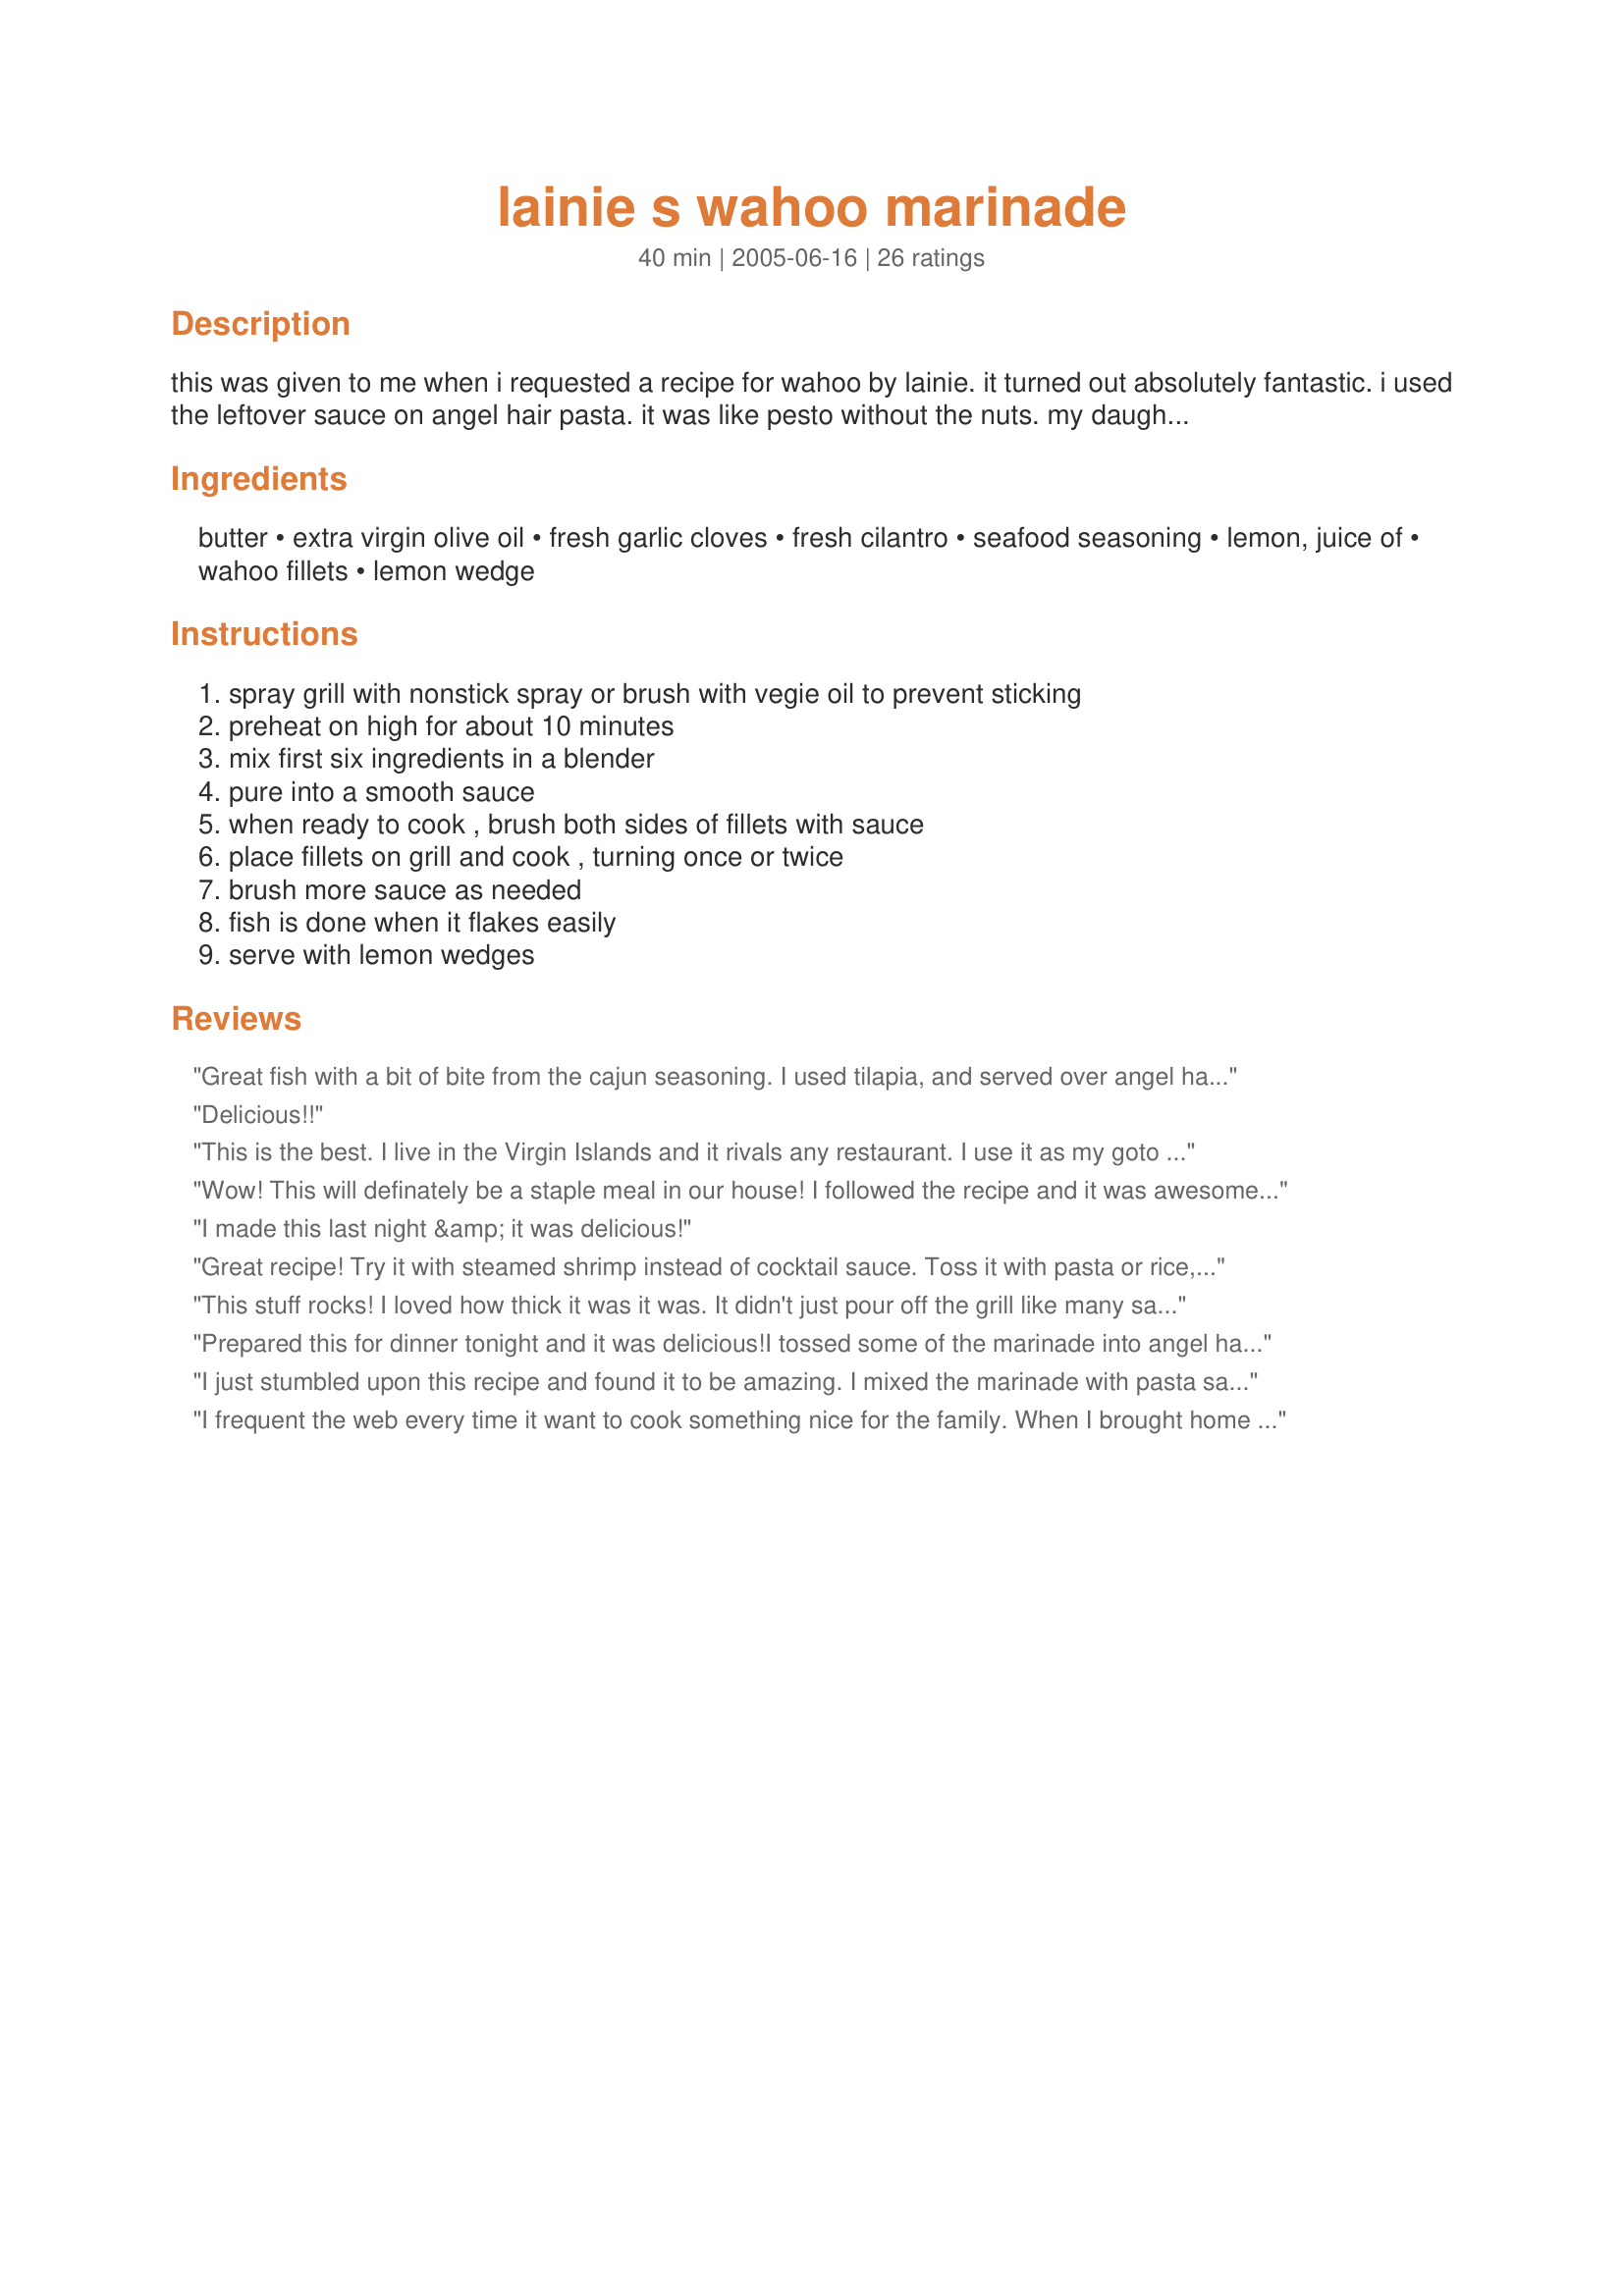
lainie s wahoo marinade
Preparation time: 40 minutes

this was given to me when i requested a recipe for wahoo by lainie.
it turned out absolutely fantastic. i used the leftover sauce on angel hair pasta. it was like pesto without the nuts. my daughter called it the best pasta in the world!

Ingredients:
butter, extra virgin olive oil, fresh garlic cloves, fresh cilantro, seafood seasoning, lemon, juice of, wahoo fillets, lemon wedge

Steps:
spray grill with nonstick spray or brush with vegie oil to prevent sticking, preheat on high for about 10 minutes, mix first six ingredients in a blender, pure into a smooth sauce, when ready to cook , brush both sides of fillets with sauce, place fillets on grill and cook , turning once or twice, brush more sauce as needed, fish is done when it flakes easily, serve with lemon wedges

Reviews:
Great fish with a bit of bite from the cajun seasoning. I used tilapia, and served over angel hair pasta. Delightful.
Delicious!!
This is the best. I live in the Virgin Islands and it rivals any restaurant. I use it as my goto marinade for our grilled seafood now.
Wow! This will definately be a staple meal in our house! I followed the recipe and it was awesome! I tasted the marinade and was afraid it would be too salty, but it was perfection! Thanks!
I made this last night &amp; it was delicious!
Great recipe! Try it with steamed shrimp instead of cocktail sauce. Toss it with pasta or rice, add chicken, shrimp or any white fish and serve with a crisp salad for an elegant meal.
This stuff rocks! I loved how thick it was it was. It didn't just pour off the grill like many sauces and marinades do. I can see using this on chicken as well. I used about 4 cloves of minced garlic instead of 6, since we're not real garlic lovers. I used parsley, fresh would have been better, but it was still great with dried parsley. I followed the fresh/dry equivalency on the parsley jar. I didn't have wahoo, but I did use tilapia. I've never had wahoo, but tilapia is a pretty mild white ocean fish. This sauce complimented the flavor perfectly. I did the angel hair pasta, too, with added grated paremsan. I was ordered to make this again. Thank you!
Prepared this for dinner tonight and it was delicious!<br/>I tossed some of the marinade into angel hair pasta and topped with fresh shredded Parmesan cheese as a side dish,wonderful! I did modify the recipe only slightly, for the Cajun seasoning, I used 1 tablespoon Tony's and 1 tablespoon of Emeril's seasoning.
I just stumbled upon this recipe and found it to be amazing. I mixed the marinade with pasta sauce, onions and black beans. The whole family loved it.
I frequent the web every time it want to cook something nice for the family. When I brought home some wahoo from a fishing trip I was nervous to mess it up for the simple fact of how much it cost to catch it. This recipe was a hit. I&#039;m actually making another batch now to try on some shrimp and chicken tonight. Thank you so much!
This was simple and Delicious!!! Made fish tacos last night and they turned out excellent. Will have to try adding the extra sauce on pasta like others have. Thank you for a great recipe, I'm anxious to try it on other fish.
I love it when I hardly have to do anything and I end up with something that impresses anyone that happens to be around! This was a delicious sauce that wrapped up our day on the lake just right!
Made this for dinner and it was lovely. Thank you for sharing.
Great recipe! I uploaded a pic of our son holding up his 73# Wahoo caught 30mi N of St Thomas, USVI
This is fantastic, we have already made it twice this week! Fast, easy, and delicious!
This was an excellent marinade/sauce for my fresh caught wahoo. I brushed the fish with the marinade and let it sit for 10 minutes to absorb the flavors before grilling. I love garlic, and didn't think the amount needed to be reduced. I did add a little greek seasoning. I will definitely use this recipe again!
Excellent marinade and is fantastic over pasta or grilled veggies with the fish. Extra sauce served with the fish is a must. It&#039;s a keeper.
My wife and I tried this last night and it was fantastic!Simple to put together with exceptional results.
ABSOLUTELY WONDERFUL. Made this for a group of friends, who caught the filets and I was nervous I'd ruin it and they just raved about it endlessly. The sauce is superb. What I did was actually put the filets into the sauce and then onto the grill. Great Recipe....Easy.....
We tried this recipe last week and it was AMAZING! I can't remember the last time I made something as simple as this that turned out so delicious. I would definitely use this again.
This was EXCELLENT! Very Simple and Delicious. This should be made in large batches and used in everything!
I had the same rave reviews from my dinner guests. I was unsure because I tasted the marinade before grilling and it tasted salty. But no worries, it was great! I would definitely make this for my in-laws who I hate cooking for because I always like to impress them. This would be one I could impress them with.
Very Good!!! Very Easy!!!
ABSOLUTELY DELICIOUS!
Yes, it is thick, which is so great! It sticks to the fish and doesn't drip off.
It was so easy to make!
I didn't melt the butter in the microwave because I didn't know if it should be melted down to liquid or just soft, so I just left out some whipped butter to soften and it was perfect! And it worked well with a food processor because I didn't use my blender.
My only suggestion is if you want to use the remainder of the sauce at the end of the recipe put some aside so that the raw fish doesn't touch it. I forgot to do that so I just brushed the remainder on the fish as it cooked.
It was so yummy! Loved it! Definitely recommend this one.
This was very good. My only note is that 6 cloves of garlic is way too much. I love garlic but 3-4 cloves should be more than enough.
I haven&#039;t tried it yet... Why is it called Marinade when The recipe does not say Marinate? Confusing. Makes me think there&#039;s a mistake somewhere.
